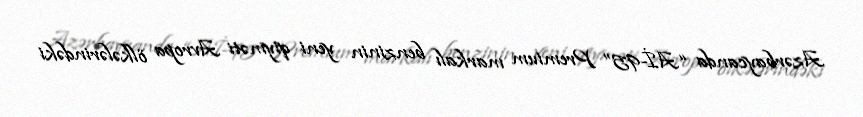
Azərbaycanda “Aİ-95” Premium markalı benzinin yeni qiyməti Avropa ölkələrindəki